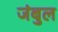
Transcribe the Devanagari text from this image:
जंबुल